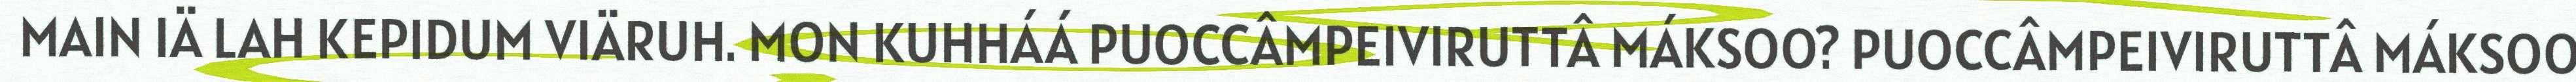
MAIN IÄ LAH KEPIDUM VIÄRUH. MON KUHHÁÁ PUOCCÂMPEIVIRUTTÂ MÁKSOO? PUOCCÂMPEIVIRUTTÂ MÁKSOO